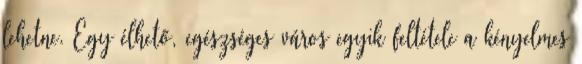
lehetne. Egy élhető, egészséges város egyik feltétele a kényelmes